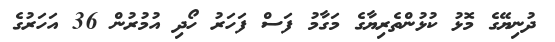
ދުނިޔޭގެ މޮޅު ކުޅުންތެރިޔާގެ މަގާމު ފަސް ފަހަރު ހޯދި އުމުރުން 36 އަހަރުގެ